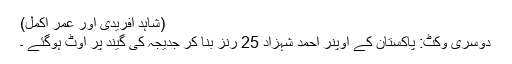
(شاہد آفریدی اور عمر اکمل)
دوسری وکٹ: پاکستان کے اوپنر احمد شہزاد 25 رنز بنا کر جدیجہ کی گیند پر آوٹ ہوگئے ۔